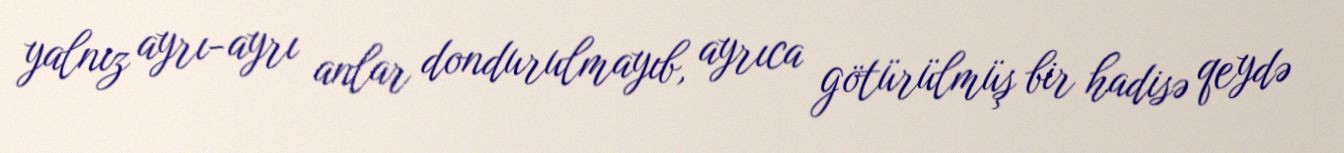
yalnız ayrı-ayrı anlar dondurulmayıb, ayrıca götürülmüş bir hadisə qeydə